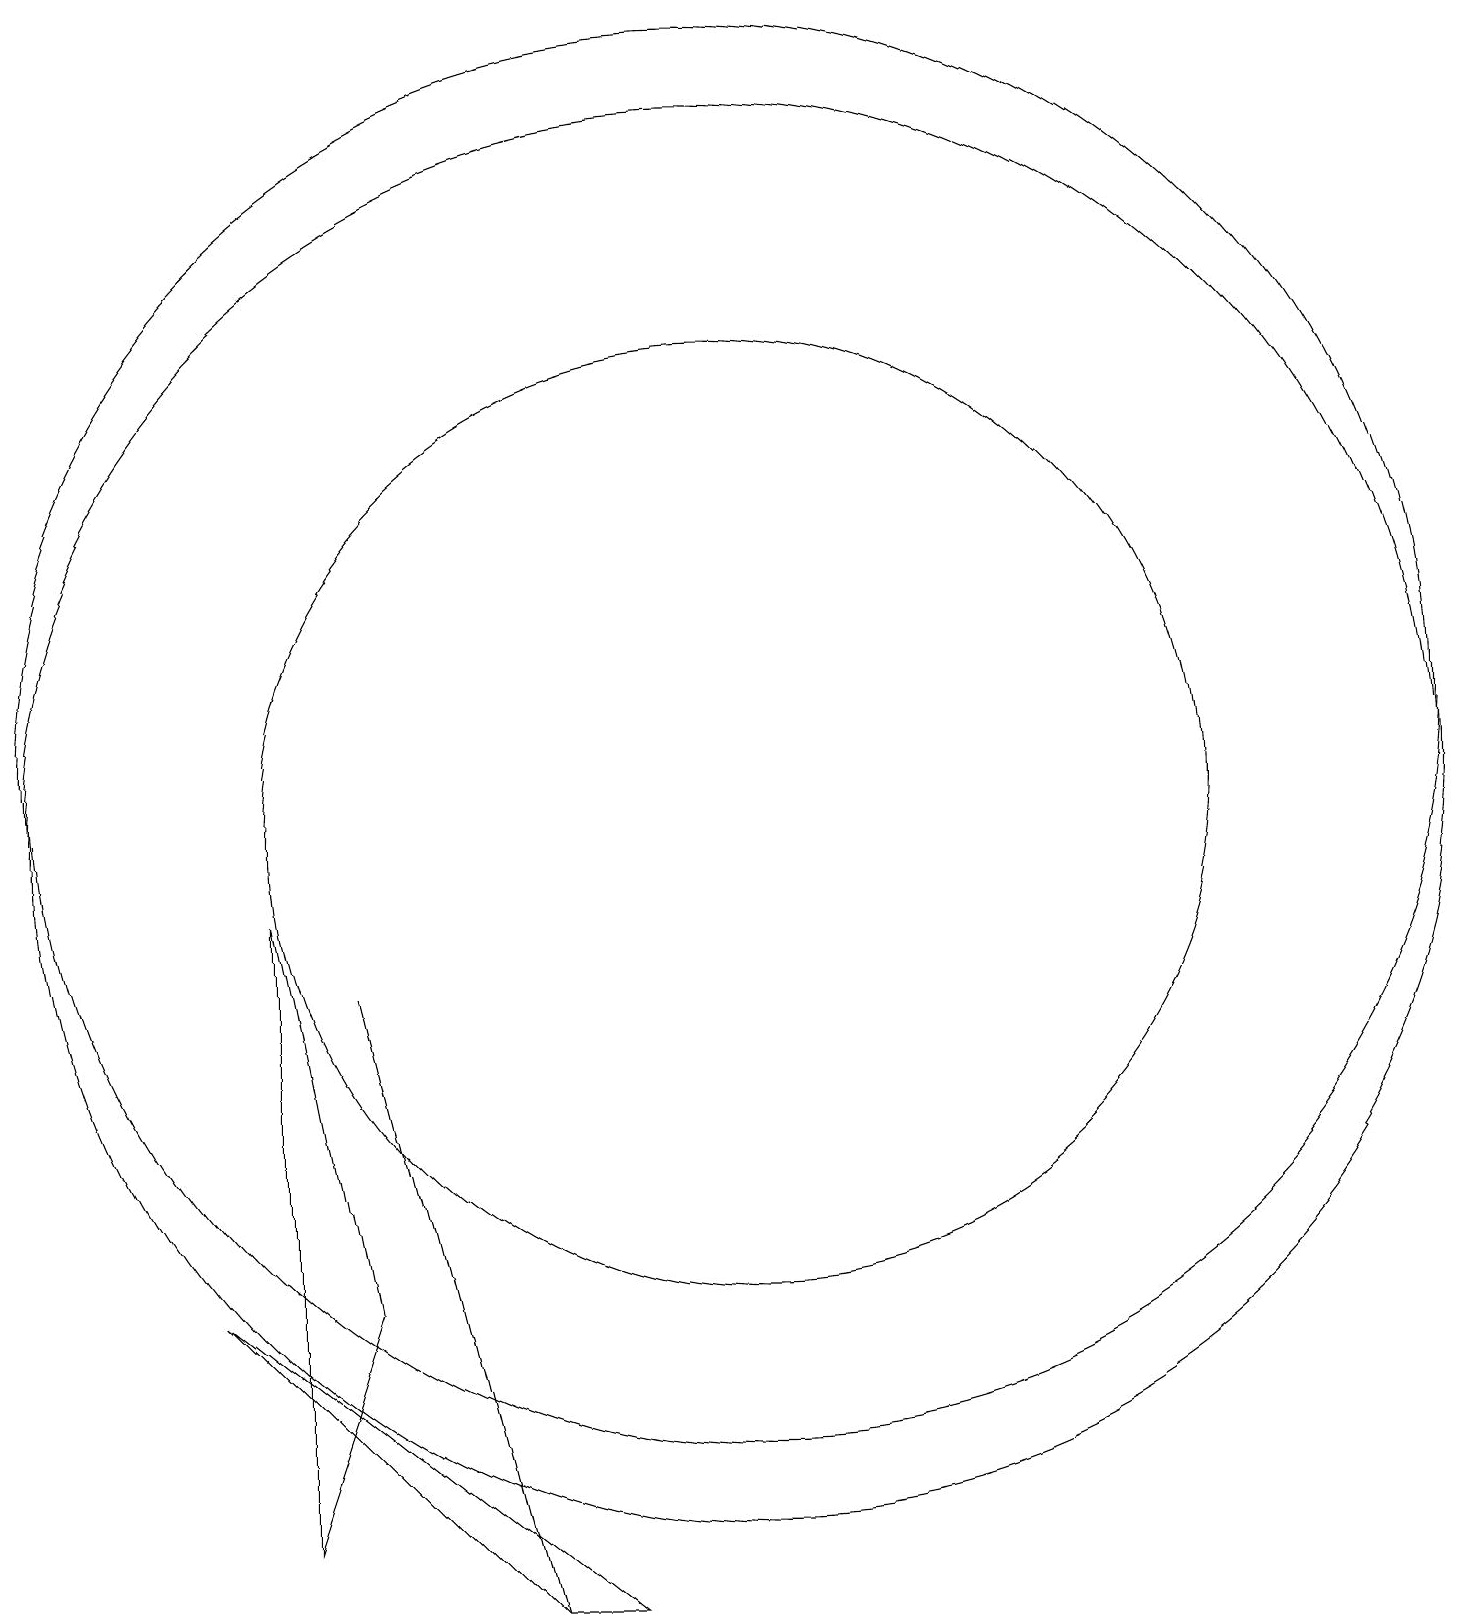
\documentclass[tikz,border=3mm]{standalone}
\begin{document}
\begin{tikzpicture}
\draw (8,0) -- (4,4) -- (9,0) -- cycle;
\draw (5,1) -- (6,4) -- (5,9) -- cycle;
\draw (11,11) circle (9);
\draw (6,8) -- (8,0) -- (6,8) -- cycle;
\draw (11,10) circle (6);
\draw (11,10) circle (9);
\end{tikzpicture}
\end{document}